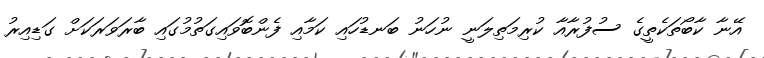
އޭނާ ކާބޯތަކެތީގެ ސުފުރާއާ ކުރިމަތިލަނީ ނުހަނު ބަނޑުހައި ކަމާއި ފެންބޮވައިގަތުމުގައި ބާރަވަރަކަށް ގަޑިއިރު